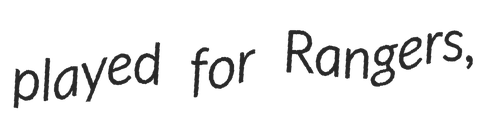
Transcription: played for Rangers,